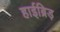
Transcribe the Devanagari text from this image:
हाईब्रिड़